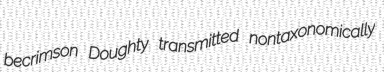
becrimson Doughty transmitted nontaxonomically